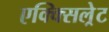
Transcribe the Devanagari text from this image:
एक्क्सिल्रेट